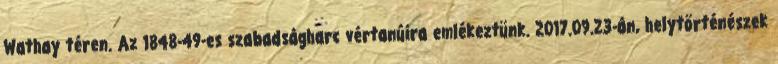
Wathay téren. Az 1848-49-es szabadságharc vértanúira emlékeztünk. 2017.09.23-án, helytörténészek